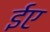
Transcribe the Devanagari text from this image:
ईए